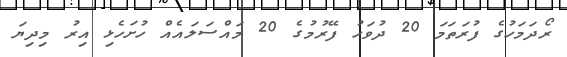
ރޯދަމަހުގެ ފުރަތަމަ 20 ދުވަހު ފޭރުމުގެ 20 މައްސަލައެއް ހުށަހެޅި އިރު މިދިޔަ